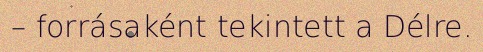
– forrásaként tekintett a Délre.